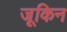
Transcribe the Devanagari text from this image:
जूकिन